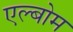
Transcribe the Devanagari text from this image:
एल्बोम